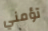
تؤمني